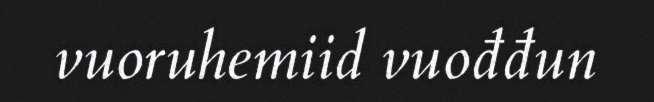
vuoruhemiid vuođđun